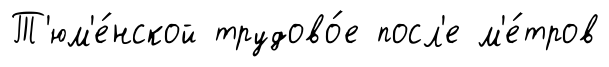
Т'юм'е́нской трудово́е посл'е м'е́тров